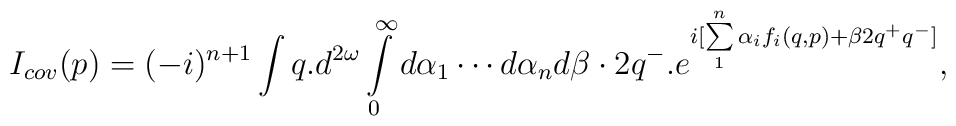
I_{cov}(p)=    (-i)^{n+1}\int q.d^{2\omega}\int\limits^\infty_0d\alpha_1\cdots d\alpha_nd\beta     \cdot 2q^-.e^{i[\sum\limits^n_1\alpha_if_i(q,p)+\beta 2q^+q^-]},